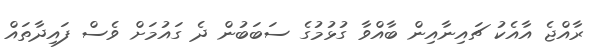
ރާއްޖެ އާއެކު ޗައިނާއިން ބާއްވާ ގުޅުމުގެ ސަބަބުން ދެ ގައުމަށް ވެސް ފައިދާތައް